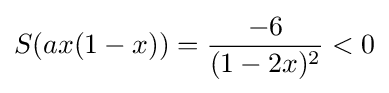
{\displaystyle S(ax(1-x))={\frac {-6}{(1-2x)^{2}}}<0}